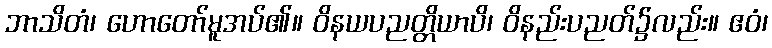
ဘာသိတံ၊ ဟောတော်မူအပ်၏။ ဝိနယပညတ္တိယာပိ၊ ဝိနည်းပညတ်၌လည်း။ ဧဝံ၊